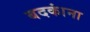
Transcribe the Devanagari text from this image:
बदकांना